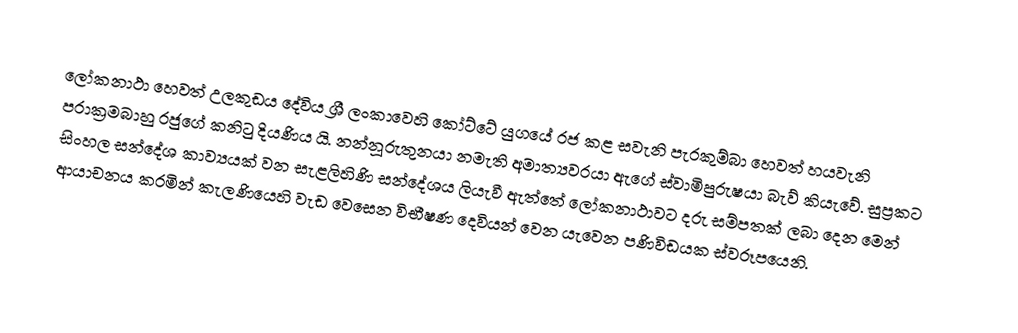
ලෝකනාථා හෙවත් උලකුඩය දේවිය ශ්‍රී ලංකාවෙහි කෝට්ටේ යුගයේ රජ කළ සවැනි පැරකුම්බා හෙවත් හයවැනි පරාක්‍රමබාහු රජුගේ කනිටු දියණිය යි. නන්නූරුතුනයා නමැති අමාත්‍යවරයා ඇගේ ස්වාමිපුරුෂයා බැව් කියැවේ. සුප්‍රකට සිංහල සන්දේශ කාව්‍යයක් වන සැළලිහිණි සන්දේශය ලියැවී ඇත්තේ ලෝකනාථාවට දරු සම්පතක් ලබා දෙන මෙන් ආයාචනය කරමින් කැලණියෙහි වැඩ වෙසෙන විභීෂණ දෙවියන් වෙන යැවෙන පණිවිඩයක ස්වරූපයෙනි.